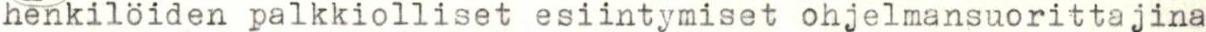
henkilöiden palkkiolliset esiintymiset ohjelmansuorittajina